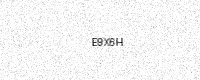
Text: E9X6H